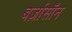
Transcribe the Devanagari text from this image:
बर्ज़ासॉन